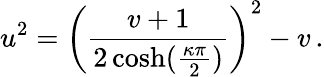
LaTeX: u^{2}=\left(\frac{v+1}{2\cosh(\frac{\kappa\pi}{2})}\right)^{2}-v\, .